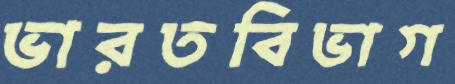
ভারতবিভাগ